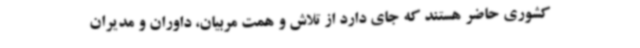
کشوری حاضر هستند که جای دارد از تلاش و همت مربیان، داوران و مدیران